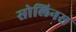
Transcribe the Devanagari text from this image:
सोलिनस